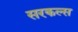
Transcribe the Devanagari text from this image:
सरकल्स